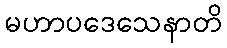
မဟာပဒေသေနာတိ